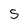
Character: 5